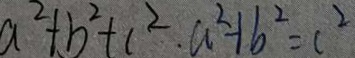
a ^ { 2 } + b ^ { 2 } + c ^ { 2 } , a ^ { 2 } + b ^ { 2 } = c ^ { 2 }